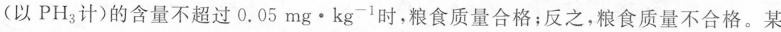
(以PH_{3}计)的含量不超过0.05mg\cdot kg^{-1}时，粮食质量合格；反之，粮食质量不合格。某